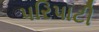
પરિપાટી